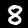
Label: 8